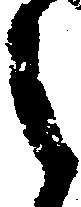
之